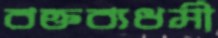
বক্তব্যধর্মী